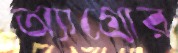
অ্যাগ্রোর